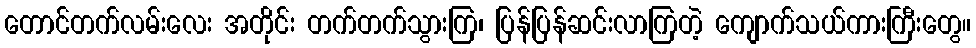
တောင်တက်လမ်းလေး အတိုင်း တက်တက်သွားကြ၊ ပြန်ပြန်ဆင်းလာကြတဲ့ ကျောက်သယ်ကားကြီးတွေ။